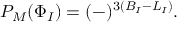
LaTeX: P _ { M } ( \Phi _ { I } ) = ( - ) ^ { 3 ( B _ { I } - L _ { I } ) } .